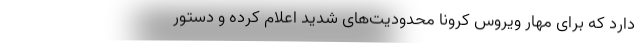
دارد که برای مهار ویروس کرونا محدودیت‌های شدید اعلام کرده و دستور